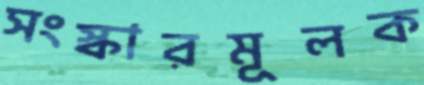
সংস্কারমূলক